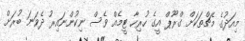
މިއަދުގެ މެޗްތަކަށް ގްރޫޕް އީގެ ހުރިހާ ޓީމެއް ވެސް ނިކުންނައިރު ދެވަނަ ބުރަށް